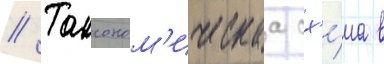
// Таксоном'ическаа сх'е́ма в